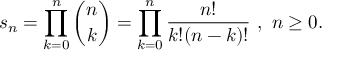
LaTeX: s _ { n } = \prod _ { k = 0 } ^ { n } { \binom { n } { k } } = \prod _ { k = 0 } ^ { n } { \frac { n ! } { k ! ( n - k ) ! } } ~ , ~ n \geq 0 .